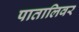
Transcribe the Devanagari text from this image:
पातालिवर